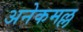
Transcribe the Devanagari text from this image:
अनेकमल्ल